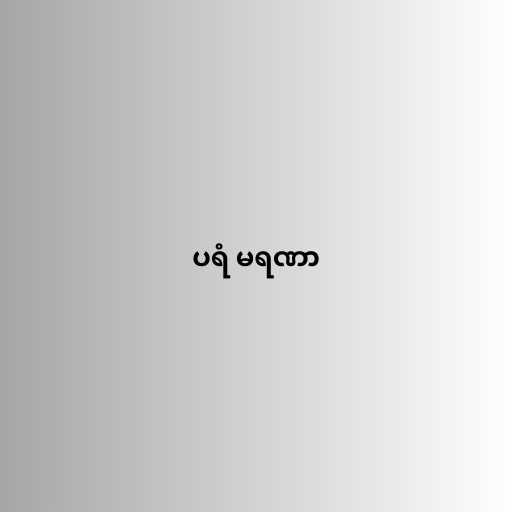
ပရံ မရဏာ